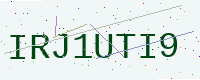
Text: IRJ1UTI9